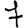
Digit: 7